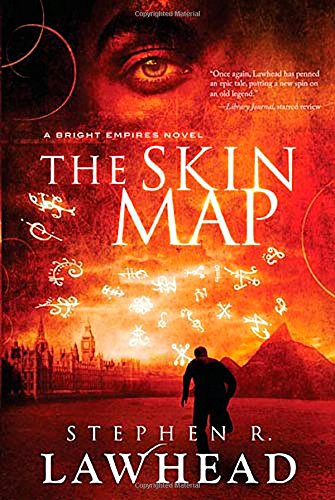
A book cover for The Skin Map (Bright Empires); Stephen Lawhead; Christian Books & Bibles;